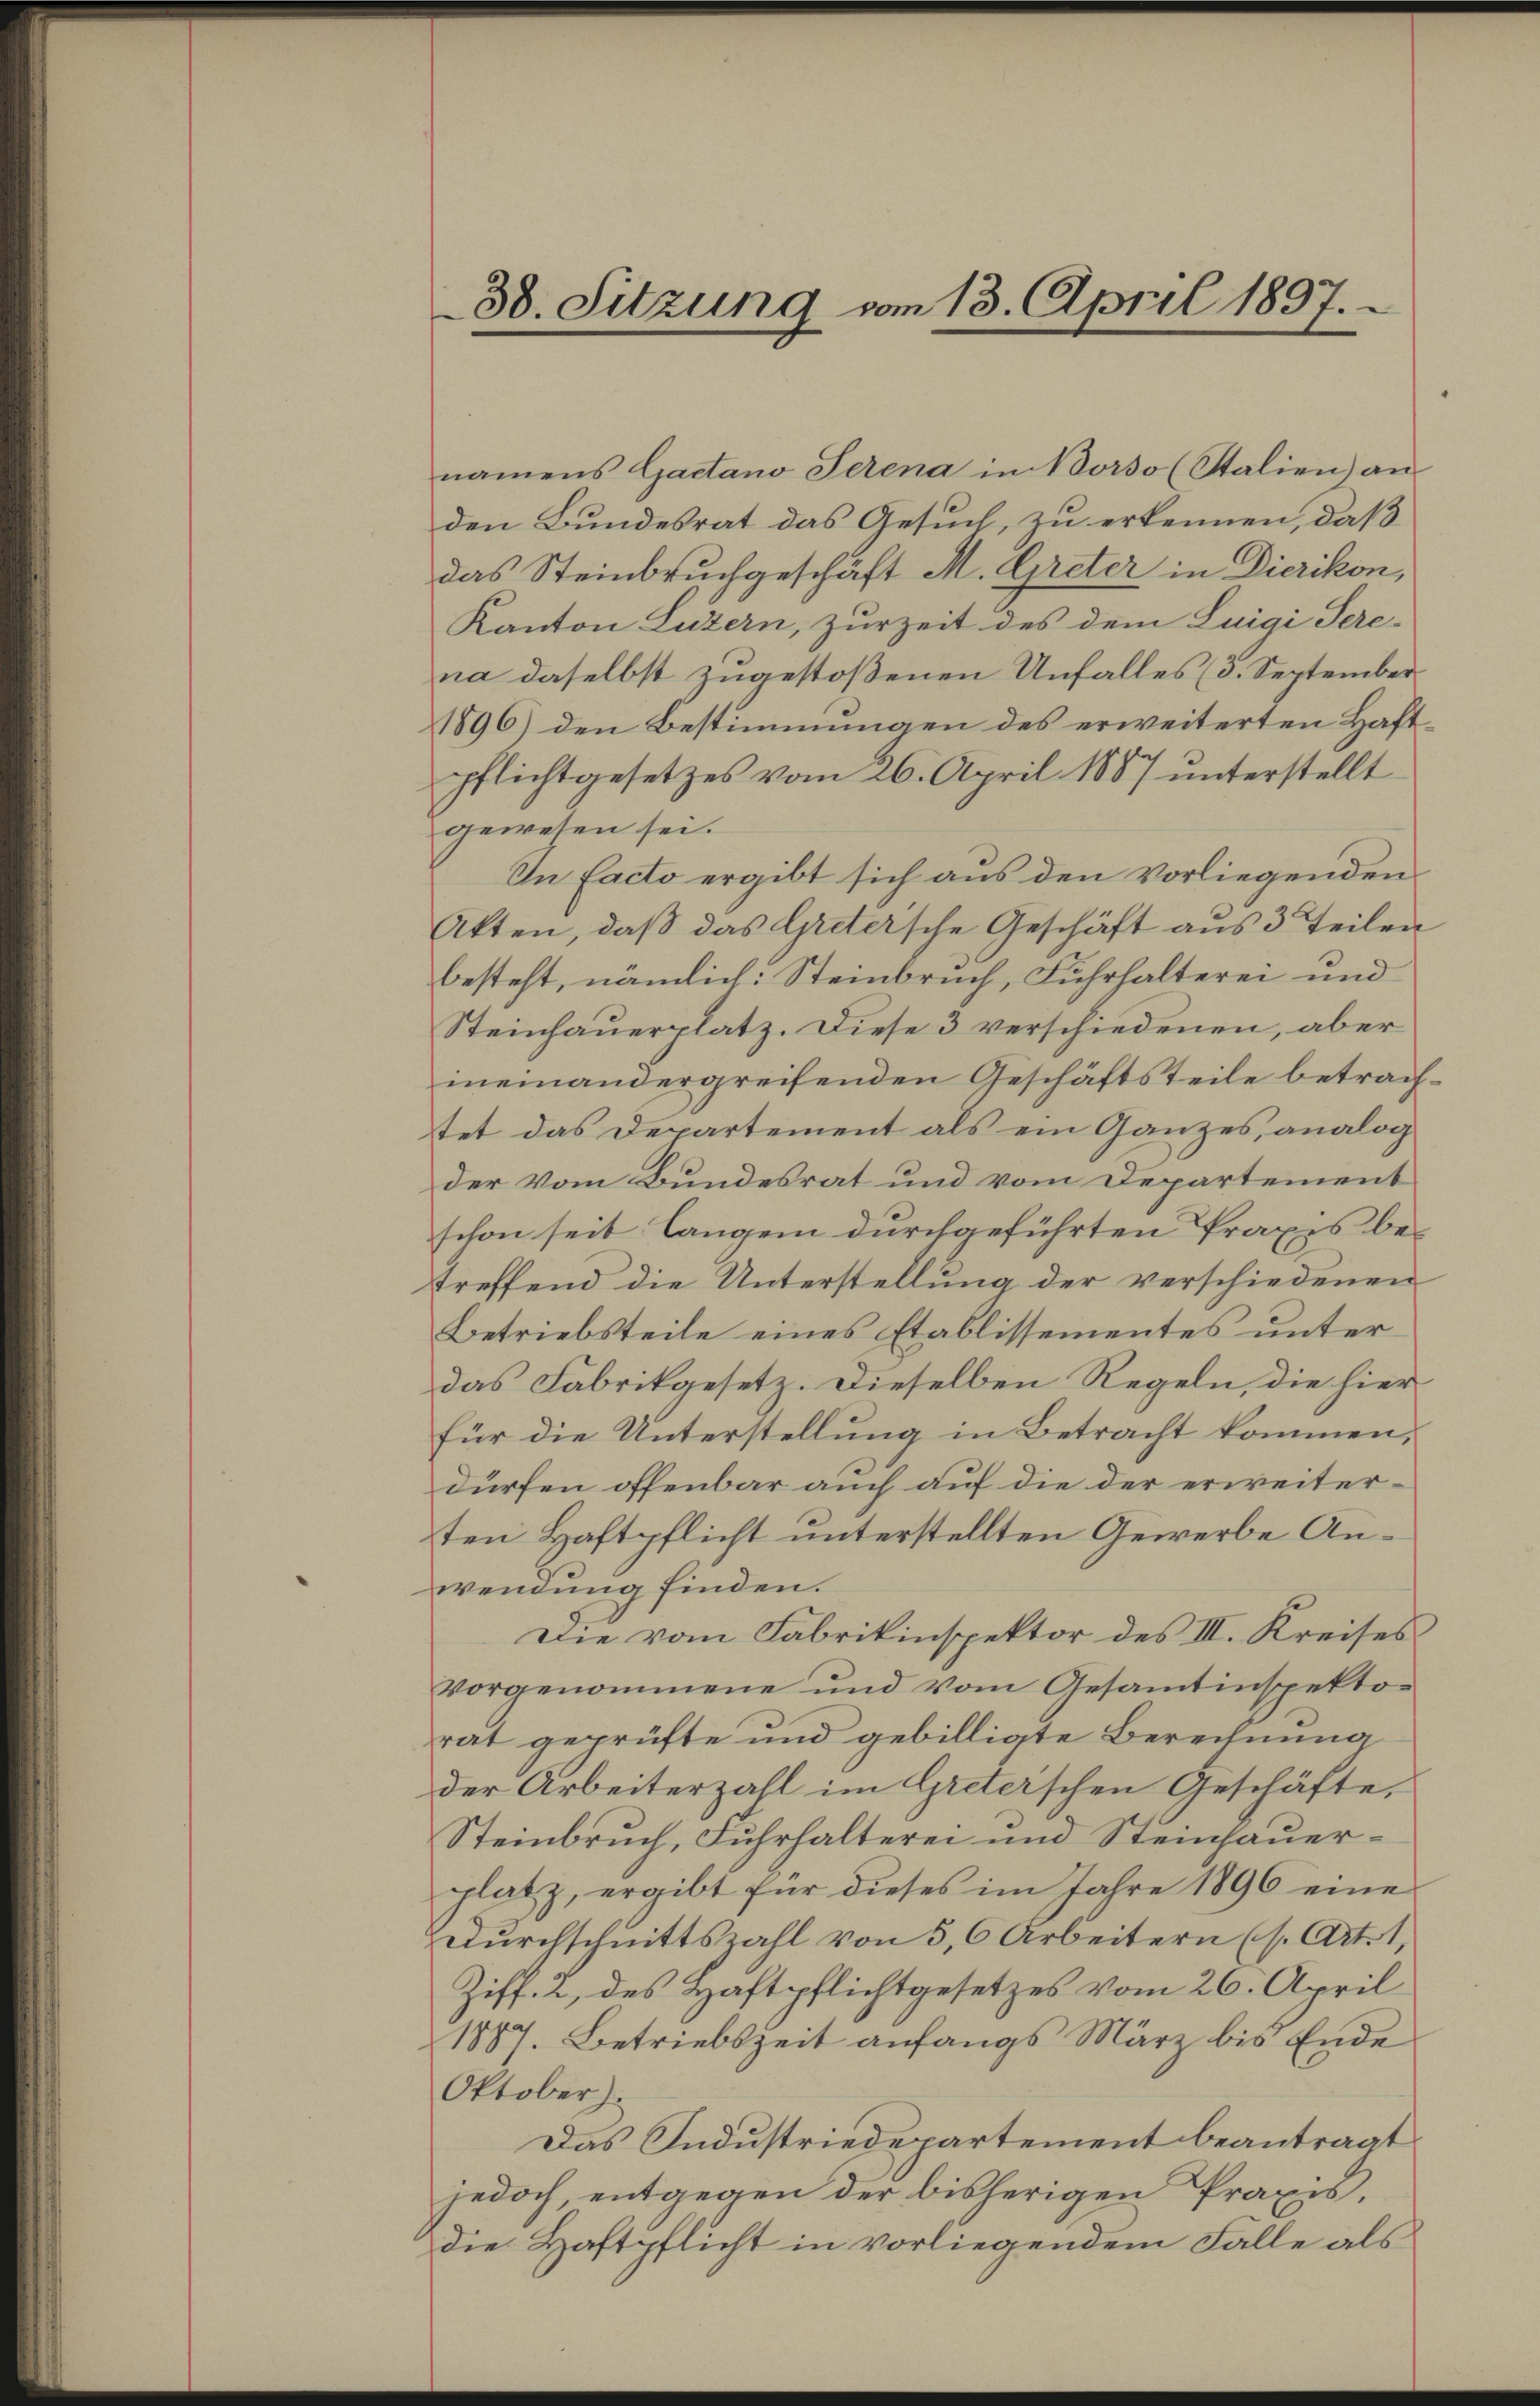
38. Sitzung vom 13. April 1897.

namens Gaetano Serena in Vorso (Stalien) an
den Bundesrat das Gesuch, zu erkennen, daß
das Steinbruchgeschäft M. Greter in Dierikon,
Kanton Luzern, zur Zeit des dem Luigi Sere-
na daselbst zugestoßenen Unfalles (3. September
1896) den Bestimmungen des erweiterten Haftpflichtgesetzes vom 26. April 1887 unterstellt
gewesen sei.
An Facto ergibt sich aus den vorliegenden
Akten, daß das Gretersche Geschäft aus 3 Teilen
besteht, nämlich: Steinbruch, Fuhrhalterei und
Steinhauerplatz. Diese 3 verschiedenen, aber
meinandergreifenden Geschäftsteile betrachtet das Departement als ein Ganzes, analog
der vom Bundesrat und vom Departement
schon seit langen durchgeführten Praxis betreffend die Unterstellung der verschiedenen
Betriebsteile eines Etablissementes unter
das Fabrikgesetz. Dieselben Regeln, die hierfür die Unterstellung in Betracht kommen,
dürfen offenbar auch auf die der erweiterten Haftpflicht unterstellten Gewerbe Anwendung finden.
Die vom Fabrikinspektor des III. Kreises
vorgenommene und vom Gesamtinspektorat geprüfte und gebilligte Berechnung
der Arbeiterzahl im Greterschen Geschäfte,
Steinbruch, Fuhrhalterei und Steinhauerplatz, ergibt für dieses im Jahre 1896 eine
Durchschnittszahl von 5, 6 Arbeitern (s. Art. 1,
Ziff. 2, des Haftpflichtgesetzes vom 26. April
1887. Betriebszeit anfangs März bis Ende
Oktober).
Das Industriedepartement beantragt
jedoch, entgegen der bisherigen Praxis,
die Haftpflicht in vorliegendem Falle als